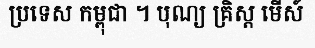
ប្រទេស កម្ពុជា ។ បុណ្យ គ្រិស្ត មើស៍